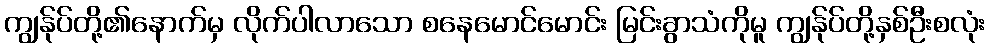
ကျွန်ုပ်တို့၏နောက်မှ လိုက်ပါလာသော စနေမောင်မောင်း မြင်းခွာသံကိုမူ ကျွန်ုပ်တို့နှစ်ဦးစလုံး